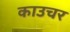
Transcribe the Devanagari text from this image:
काउचर